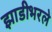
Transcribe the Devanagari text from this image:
झाडीभरले